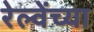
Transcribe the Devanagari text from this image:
रेल्वेंच्या